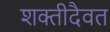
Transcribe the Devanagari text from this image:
शक्तीदैवत